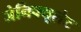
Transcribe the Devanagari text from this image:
जेनिक्यूलेट